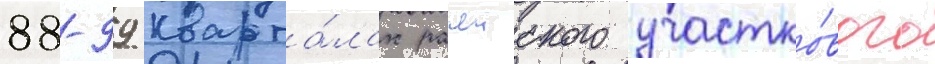
88-99 кварта́лах рачеиского участко́вого